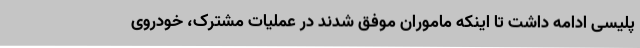
پلیسی ادامه داشت تا اینکه ماموران موفق شدند در عملیات مشترک، خودروی